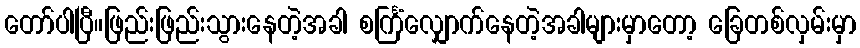
တော်ပါပြီ။ဖြည်းဖြည်းသွားနေတဲ့အခါ စင်္ကြံလျှောက်နေတဲ့အခါများမှာတော့ ခြေတစ်လှမ်းမှာ